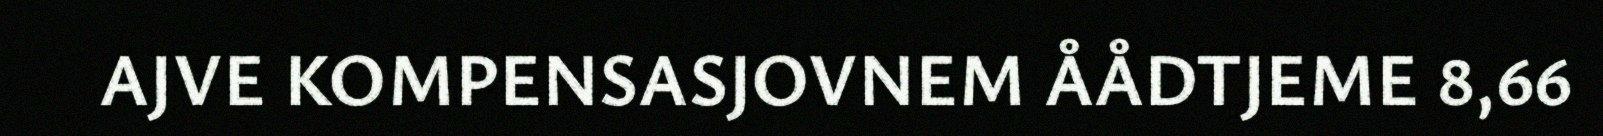
AJVE KOMPENSASJOVNEM ÅÅDTJEME 8,66